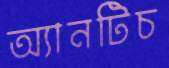
অ্যানটিচ